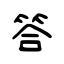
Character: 答